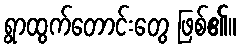
ရွာထွက်တောင်းတွေ ဖြစ်၏။